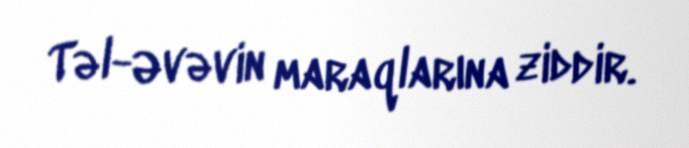
Təl-Əvəvin maraqlarına ziddir.